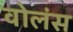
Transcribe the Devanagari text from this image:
वोलंस